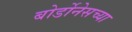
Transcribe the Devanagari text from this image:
बोर्डोनेसच्या